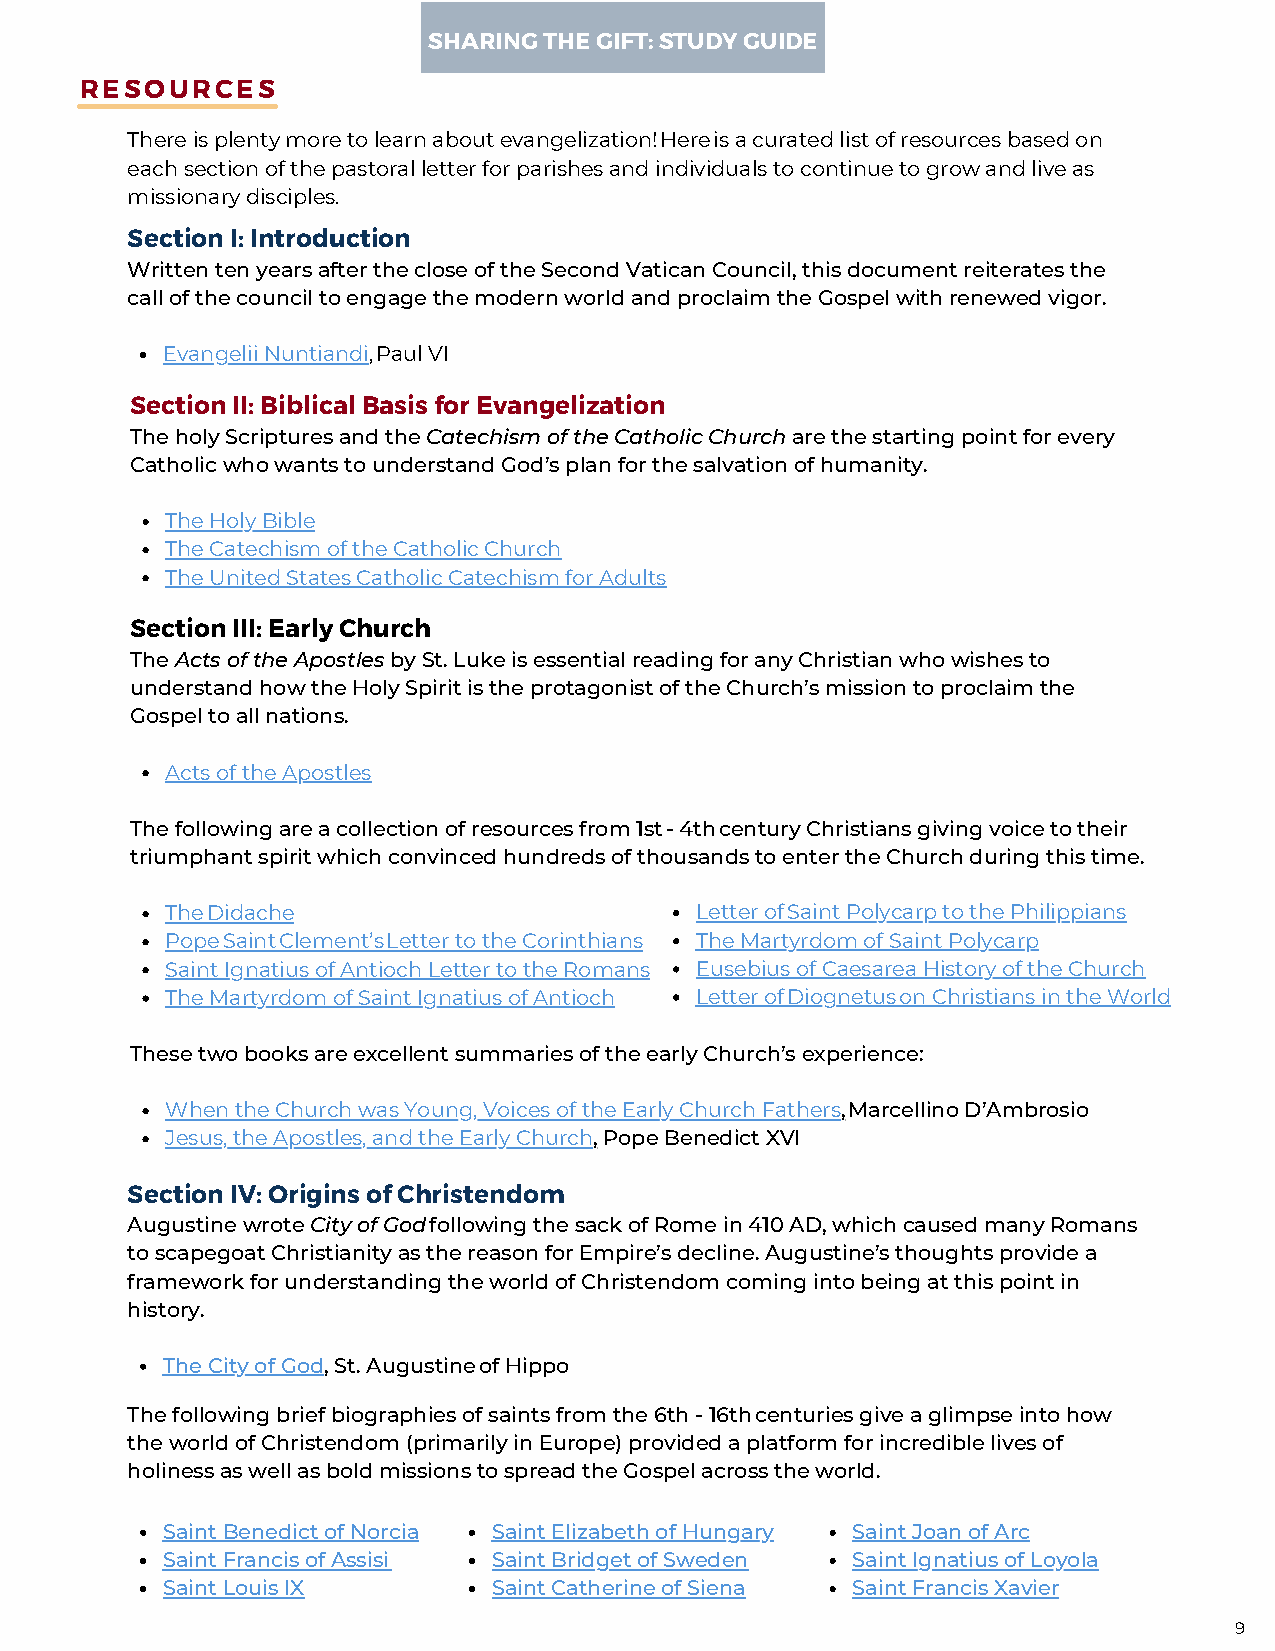
SHARING THE GIFT: STUDY GUIDE
 RESOURCES
 There is plenty more to learn about evangelization! Here is a curated list of resources based on
 each section of the pastoral letter for parishes and individuals to continue to grow and live as
 missionary disciples.
 Section I: Introduction
 Written ten years after the close of the Second Vatican Council, this document reiterates the
 call of the council to engage the modern world and proclaim the Gospel with renewed vigor.
 Evangelii Nuntiandi, Paul VI
 Section II: Biblical Basis for Evangelization
 The holy Scriptures and the Catechism of the Catholic Church are the starting point for every
 Catholic who wants to understand God’s plan for the salvation of humanity.
 The Holy Bible
 The Catechism of the Catholic Church
 The United States Catholic Catechism for Adults
 Section III: Early Church
 The Acts of the Apostles by St. Luke is essential reading for any Christian who wishes to
 understand how the Holy Spirit is the protagonist of the Church’s mission to proclaim the
 Gospel to all nations.
 Acts of the Apostles
 The following are a collection of resources from 1st - 4th century Christians giving voice to their
 triumphant spirit which convinced hundreds of thousands to enter the Church during this time.
 The Didache                        Letter of Saint Polycarp to the Philippians
 Pope Saint Clement’s Letter to the Corinthians The Martyrdom of Saint Polycarp
 Saint Ignatius of Antioch Letter to the Romans Eusebius of Caesarea History of the Church
 The Martyrdom of Saint Ignatius of Antioch Letter of Diognetus on Christians in the World
 These two books are excellent summaries of the early Church’s experience:
 When the Church was Young, Voices of the Early Church Fathers, Marcellino D’Ambrosio
 Jesus, the Apostles, and the Early Church, Pope Benedict XVI
 Section IV: Origins of Christendom
 Augustine wrote City of God following the sack of Rome in 410 AD, which caused many Romans
 to scapegoat Christianity as the reason for Empire’s decline. Augustine’s thoughts provide a
 framework for understanding the world of Christendom coming into being at this point in
 history.
 The City of God, St. Augustine of Hippo
 The following brief biographies of saints from the 6th - 16th centuries give a glimpse into how
 the world of Christendom (primarily in Europe) provided a platform for incredible lives of
 holiness as well as bold missions to spread the Gospel across the world.
 Saint Benedict of Norcia Saint Elizabeth of Hungary Saint Joan of Arc
 Saint Francis of Assisi Saint Bridget of Sweden Saint Ignatius of Loyola
 Saint Louis IX        Saint Catherine of Siena Saint Francis Xavier
 9